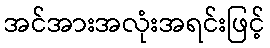
အင်အားအလုံးအရင်းဖြင့်